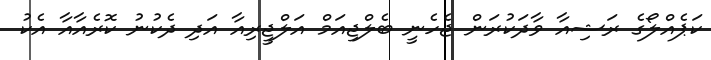
ކަޕެއްލޯގެ ރަޝިއާ ވާދަކުރަން ޖެހެނީ ބެލްޖިއަމް އަލްޖީރިއާ އަދި ދެކުނު ކޮރެއާއާ އެކު